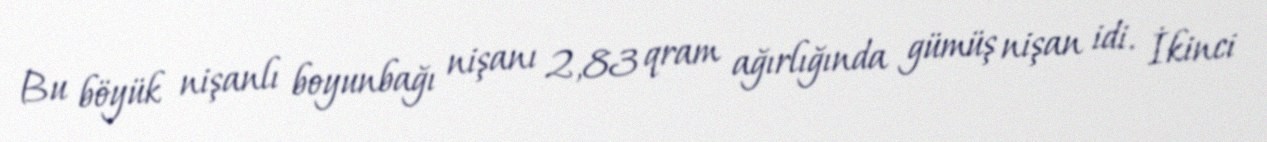
Bu böyük nişanlı boyunbağı nişanı 2,83 qram ağırlığında gümüş nişan idi. İkinci